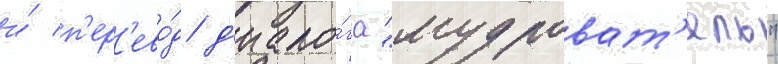
и́ п'ер'ево́д д'иало́га "мудроват'ель"